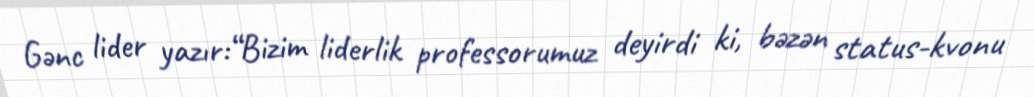
Gənc lider yazır:“Bizim liderlik professorumuz deyirdi ki, bəzən status-kvonu